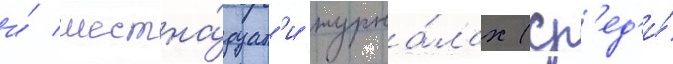
и́ шестна́дцат'и журна́лах (ср'ед'и́